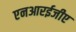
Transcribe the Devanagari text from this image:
एनआरईजीए